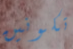
تكونين